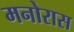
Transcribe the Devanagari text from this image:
मनोरास